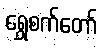
ရွှေစက်တော်